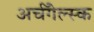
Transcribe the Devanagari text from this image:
अर्चँगेल्स्क